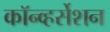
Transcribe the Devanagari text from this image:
कॉन्व्हर्सेशन